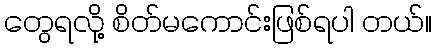
တွေရလို့ စိတ်မကောင်းဖြစ်ရပါ တယ်။